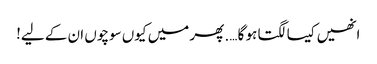
انھیں کیسا لگتا ہو گا …. پھر میں کیوں سوچوں ان کے لیے!